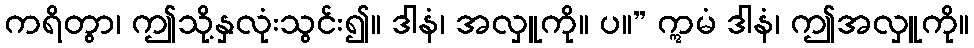
ကရိတွာ၊ ဤသို့နှလုံးသွင်း၍။ ဒါနံ၊ အလှူကို။ ပ။” ဣမံ ဒါနံ၊ ဤအလှူကို။